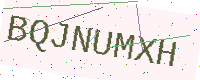
Text: BQJNUMXH